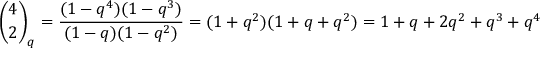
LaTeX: { \binom { 4 } { 2 } } _ { q } = { \frac { ( 1 - q ^ { 4 } ) ( 1 - q ^ { 3 } ) } { ( 1 - q ) ( 1 - q ^ { 2 } ) } } = ( 1 + q ^ { 2 } ) ( 1 + q + q ^ { 2 } ) = 1 + q + 2 q ^ { 2 } + q ^ { 3 } + q ^ { 4 }